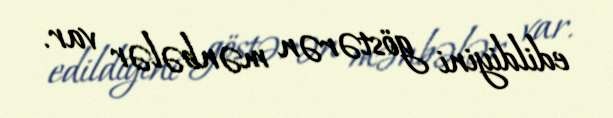
edildiyini göstərən mənbələr var.